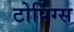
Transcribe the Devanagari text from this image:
टोपिंग्स